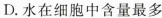
D.水在细胞中含量最多